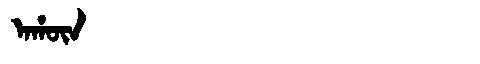
Manchu: ᠠᡥᡡᠨ
Romanization: AHŪN